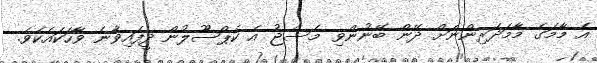
އެ މާމަގެ މާމަދަރިންނަށް ދޭން ބޭނުންވި މެސެޖު އެ ކެޕްސޫލުން ދީފައިވާނެ ވާހަކައެކެވެ.